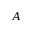
\boldsymbol { A }